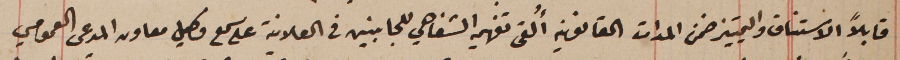
قابلاً الاستناف والتمييز ضمن المدات القانونيه أُلقى تفهيمه الشفاهي للجانبين في العلانية على سمع وكيل معاون المدعى العمومي